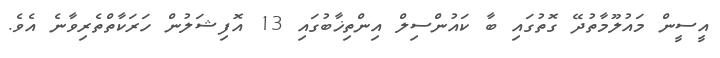
އީސީން މައުލޫމާތުދޭ ގޮތުގައި ބާ ކައުންސިލް އިންތިޚާބުގައި 13 އޮފިޝަލުން ހަރަކާތްތެރިވާނެ އެވެ.